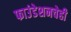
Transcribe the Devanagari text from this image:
फाउंडेशनचेही